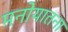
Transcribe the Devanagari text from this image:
मनोयातना